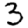
Digit: 3